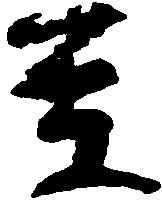
至